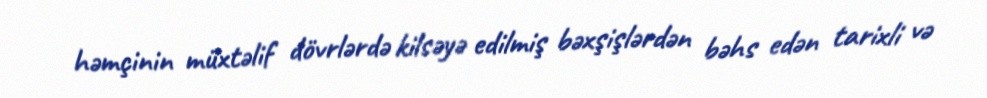
həmçinin müxtəlif dövrlərdə kilsəyə edilmiş bəxşişlərdən bəhs edən tarixli və